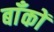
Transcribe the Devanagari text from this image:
बाँकों